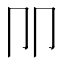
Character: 𰆋